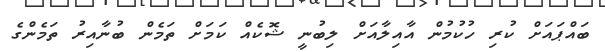
ބައްޕައަށް ކުރި ހުކުމުން އާއިލާއަށް ލިބުނީ ޝޮކެއް ކަމަށް ތަމެން ބުނާއިރު ތަމެންގެ